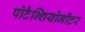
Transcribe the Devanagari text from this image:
पोटैन्शियोमीटर